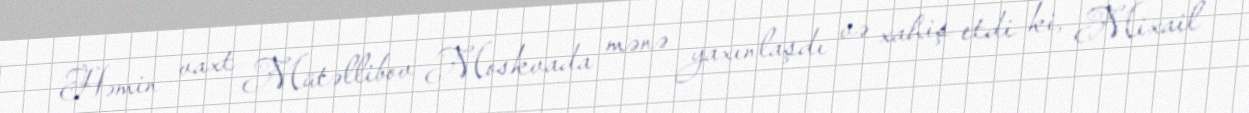
Həmin vaxt Mütəllibov Moskvada mənə yaxınlaşdı və xahiş etdi ki, Mixail